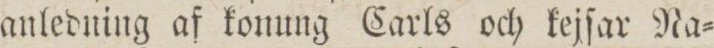
anledning af konung Carls och kejſar Na=